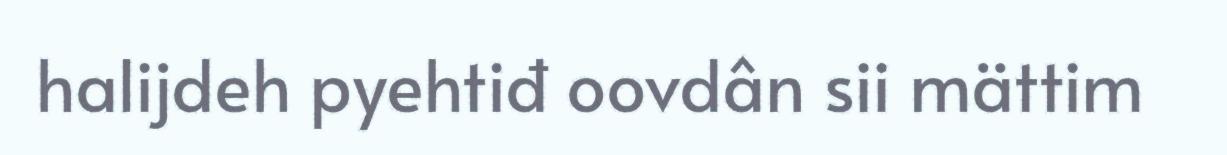
halijdeh pyehtiđ oovdân sii mättim